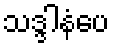
သဒ္ဒါနံပေ